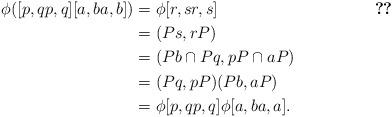
LaTeX: \begin{align*}\phi([p,qp,q][a,ba,b]) &= \phi[r, sr,s]& ~\ref{lem:SPidempotents}\\&= (Ps,rP)\\&= (Pb\cap Pq,pP\cap aP)\\&= (Pq,pP)(Pb, aP)\\&= \phi[p,qp,q]\phi[a,ba,a].\end{align*}